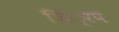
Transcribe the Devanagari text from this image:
शिं्रप